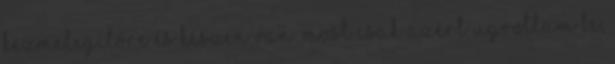
kézmelegítőre és készen van. Most csak azért ugrottam be,